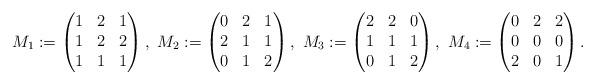
LaTeX: \begin{align*} M_1:=\begin{pmatrix} 1 & 2 &1 \\ 1& 2 & 2 \\ 1 & 1 & 1 \end{pmatrix}, \ M_2:=\begin{pmatrix} 0 & 2 &1 \\ 2& 1 & 1 \\ 0 & 1 & 2 \end{pmatrix}, \ M_3:=\begin{pmatrix} 2 & 2 &0 \\ 1& 1 & 1 \\ 0 & 1 & 2 \end{pmatrix}, \ M_4:=\begin{pmatrix} 0 & 2 &2 \\ 0& 0 & 0 \\ 2 & 0 & 1 \end{pmatrix}.\end{align*}